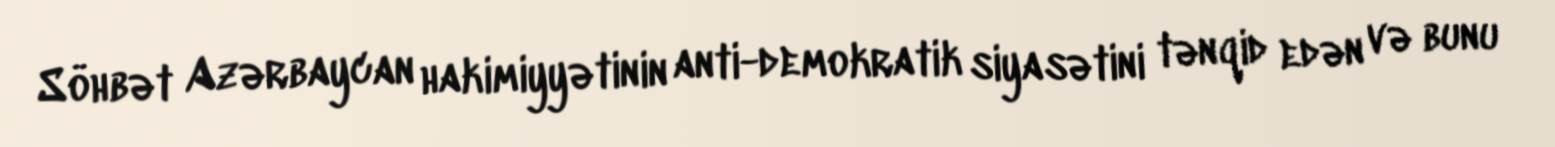
Söhbət Azərbaycan hakimiyyətinin anti-demokratik siyasətini tənqid edən və bunu